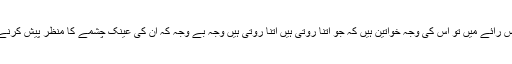
ہماری ناقص رائے میں تو اس کی وجہ خواتین ہیں کہ جو اتنا روتی ہیں اتنا روتی ہیں وجہ بے وجہ کہ ان کی عینک چشمے کا منظر پیش کرنے لگتی ہے۔